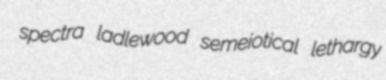
spectra ladlewood semeiotical lethargy